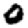
Digit: 0